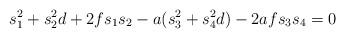
LaTeX: \begin{align*}s_1^2+s_2^2d+2fs_1s_2-a(s_3^2+s_4^2d)-2afs_3s_4=0\end{align*}